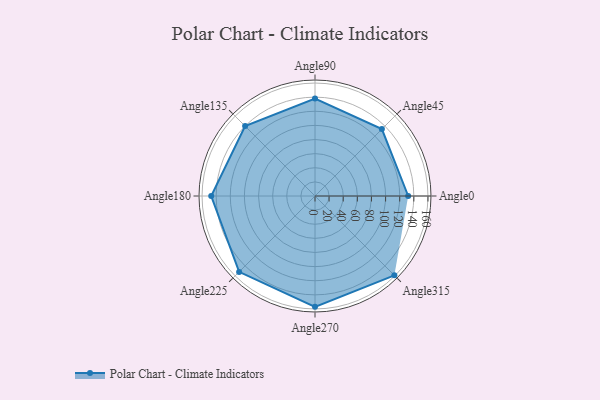
{"axis": {"x": "Angle", "y": "Radius"}, "legend": [""], "data": [{"x": "Angle0", "y": 132.0, "type": ""}, {"x": "Angle45", "y": 134.0, "type": ""}, {"x": "Angle90", "y": 138.0, "type": ""}, {"x": "Angle135", "y": 140.0, "type": ""}, {"x": "Angle180", "y": 147.0, "type": ""}, {"x": "Angle225", "y": 152.0, "type": ""}, {"x": "Angle270", "y": 157.0, "type": ""}, {"x": "Angle315", "y": 159.0, "type": ""}]}